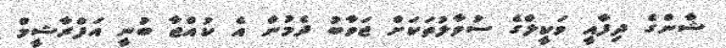
ޝާންގެ ދިފާއީ ވަކީލްގެ ސުވާލުތަކަށް ޖަވާބު ދެމުން އެ ކުއްޖާ ބުނީ އަފްރާޝީމް